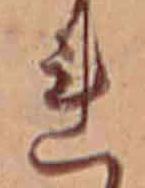
れ